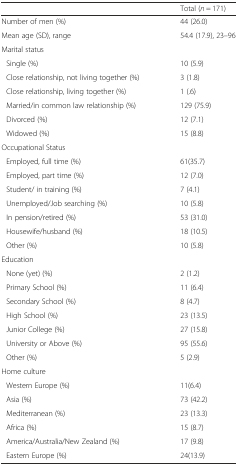
<table><thead><tr><td></td><td><b>Total (<i>n</i> = 171)</b></td></tr></thead><tbody><tr><td>Number of men (%)</td><td>44 (26.0)</td></tr><tr><td>Mean age (SD), range</td><td>54.4 (17.9), 23–96</td></tr><tr><td colspan="2">Marital status</td></tr><tr><td>Single (%)</td><td>10 (5.9)</td></tr><tr><td>Close relationship, not living together (%)</td><td>3 (1.8)</td></tr><tr><td>Close relationship, living together (%)</td><td>1 (.6)</td></tr><tr><td>Married/in common law relationship (%)</td><td>129 (75.9)</td></tr><tr><td>Divorced (%)</td><td>12 (7.1)</td></tr><tr><td>Widowed (%)</td><td>15 (8.8)</td></tr><tr><td colspan="2">Occupational Status</td></tr><tr><td>Employed, full time (%)</td><td>61(35.7)</td></tr><tr><td>Employed, part time (%)</td><td>12 (7.0)</td></tr><tr><td>Student/ in training (%)</td><td>7 (4.1)</td></tr><tr><td>Unemployed/Job searching (%)</td><td>10 (5.8)</td></tr><tr><td>In pension/retired (%)</td><td>53 (31.0)</td></tr><tr><td>Housewife/husband (%)</td><td>18 (10.5)</td></tr><tr><td>Other (%)</td><td>10 (5.8)</td></tr><tr><td colspan="2">Education</td></tr><tr><td>None (yet) (%)</td><td>2 (1.2)</td></tr><tr><td>Primary School (%)</td><td>11 (6.4)</td></tr><tr><td>Secondary School (%)</td><td>8 (4.7)</td></tr><tr><td>High School (%)</td><td>23 (13.5)</td></tr><tr><td>Junior College (%)</td><td>27 (15.8)</td></tr><tr><td>University or Above (%)</td><td>95 (55.6)</td></tr><tr><td>Other (%)</td><td>5 (2.9)</td></tr><tr><td colspan="2">Home culture</td></tr><tr><td>Western Europe (%)</td><td>11(6.4)</td></tr><tr><td>Asia (%)</td><td>73 (42.2)</td></tr><tr><td>Mediterranean (%)</td><td>23 (13.3)</td></tr><tr><td>Africa (%)</td><td>15 (8.7)</td></tr><tr><td>America/Australia/New Zealand (%)</td><td>17 (9.8)</td></tr><tr><td>Eastern Europe (%)</td><td>24(13.9)</td></tr></tbody></table>